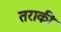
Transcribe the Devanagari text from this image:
तराकी